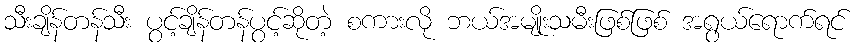
သီးချိန်တန်သီး ပွင့်ချိန်တန်ပွင့်ဆိုတဲ့ စကားလို ဘယ်အမျိုးသမီးဖြစ်ဖြစ် အရွယ်ရောက်ရင်